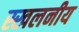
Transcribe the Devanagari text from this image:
स्खलनीय